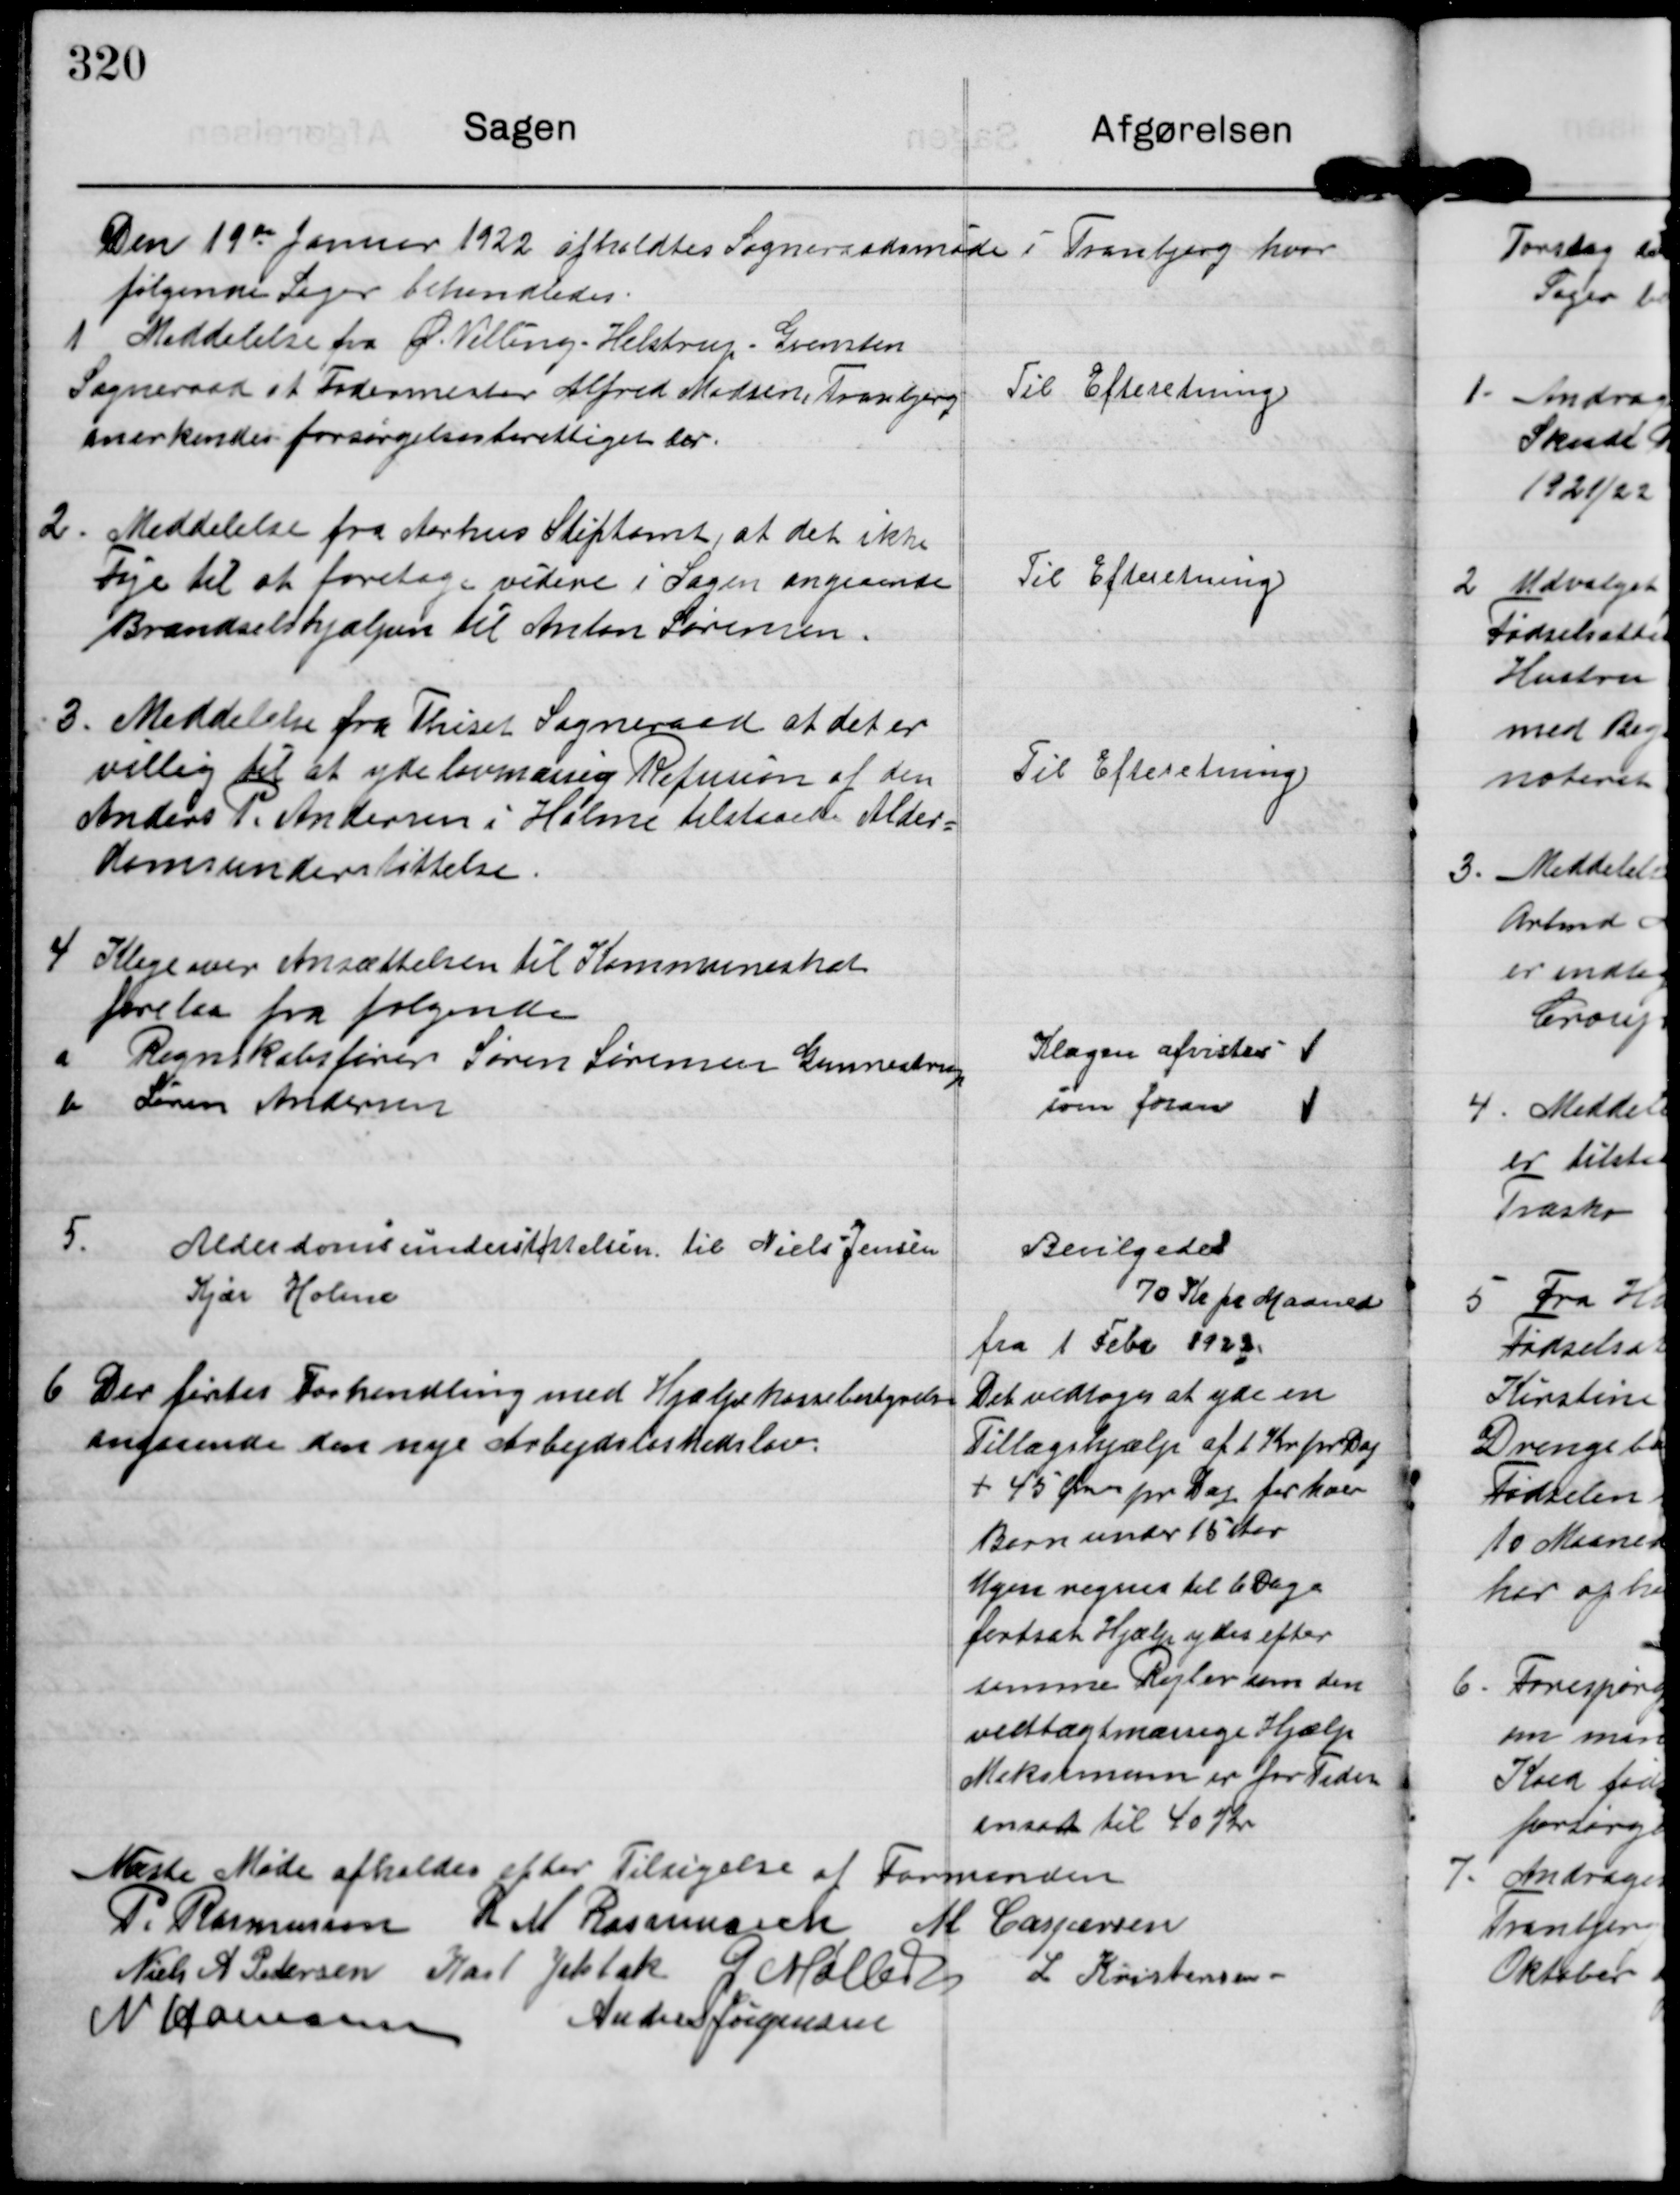
Transskription:
Den 19de Januar 1922 afholdtes Sogneraadsmøde i Tranbjerg hvor
følgende Sager behandledes

1 Meddelelse fra Ø. Velling-Helstrup-Grensten
Sogneraad at Fodermester Alfred Madsen, Tranbjerg
anerkendes forsørgelsesberettiget her

Til Efteretning

2. Meddelelse fra Aarhus Stiftamt, at det ikke
Føje til at foretage videre i Sagen angaaende
Brændselshjælpen til Anton Sørensen.

Til Efteretning

3. Meddelelse fra ThiseT Sogneraad at det er
villig til at yde lovmassig Refusion af den
Anders P. Andersen i Holme tilstaaede Alder=
domsunderstøttelse

Til Efteretning.

4
Klage over Ansættelsen til Kommuneskat
forelaa fra følgende
a Regnskabsfører Søren Sørensen Gunnestrup
Klagen afvistes
b Søren Andersen
som foran

5.
Alderdomsunderstøttelsen til Niels Jensen
Kjær Holme

Bevilgedes
70 Kr pr Maaned
fra 1 Febr 1922.

6 Der førtes Forhandling med Hjælpkassebestyrelse
angaaende den nye Arbejdsløshedslov

Det vedtoges at yde en
Tillægshjælp af 1 Kr pr Dag
+ 45 Øre pr Dag for hver
Barn under 15 Aar
Ugen regnes til 6 Dage
fortsat Hjælp ydes efter
samme Regler som den
vedtægtmæssige Hjælp.
Maksimun er for Tiden
ansat til 40 Kr.

Næste Møde afholdes efter Tilsigelse af Formanden

P. Rasmussen R M Rasmussen M Caspersen
Niels A. Pedersen Karl Jelsbak G Møller L Kristensen
N Hamann
Andreas Jørgensen